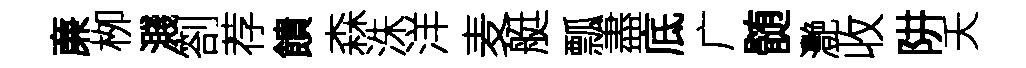
亷栁濺劄荐饋森洙洋麦艇瓢盡底广髄灧收阱夭